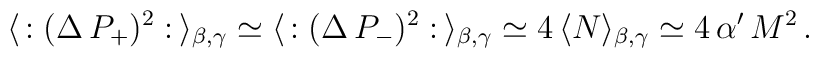
\langle \, : (\Delta \, P_+)^2 : \, \rangle_{\beta , \gamma} \simeq\langle \, : (\Delta \, P_-)^2 : \, \rangle_{\beta , \gamma} \simeq 4 \, \langle N \rangle_{\beta , \gamma} \simeq 4 \, \alpha' \, M^2 \, .